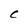
Character: C